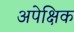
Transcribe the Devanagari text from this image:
अपेक्षिक